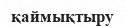
қаймықтыру